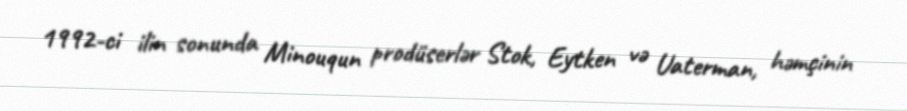
1992-ci ilin sonunda Minouqun prodüserlər Stok, Eytken və Uaterman, həmçinin